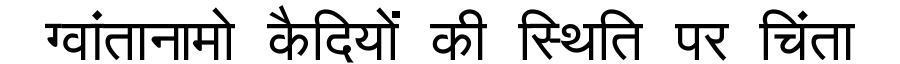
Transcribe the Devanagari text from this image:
ग्वांतानामो कैदियों की स्थिति पर चिंता